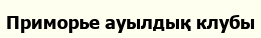
Приморье ауылдық клубы